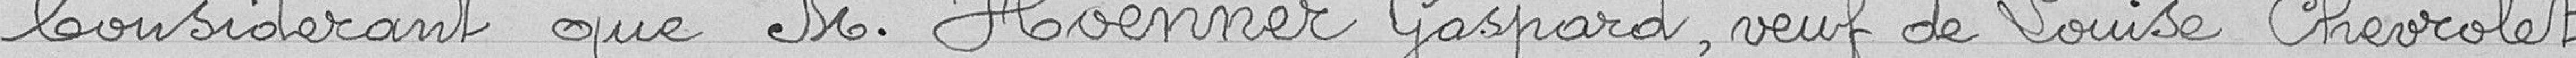
Considérant que M. Hoenner Gaspard, veuf de Louise Chevrolet